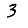
Digit: 3